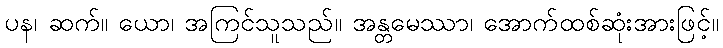
ပန၊ ဆက်။ ယော၊ အကြင်သူသည်။ အန္တမေဿာ၊ အောက်ထစ်ဆုံးအားဖြင့်။